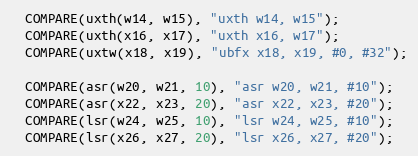
Language: C++
  COMPARE(uxth(w14, w15), "uxth w14, w15");
  COMPARE(uxth(x16, x17), "uxth x16, w17");
  COMPARE(uxtw(x18, x19), "ubfx x18, x19, #0, #32");

  COMPARE(asr(w20, w21, 10), "asr w20, w21, #10");
  COMPARE(asr(x22, x23, 20), "asr x22, x23, #20");
  COMPARE(lsr(w24, w25, 10), "lsr w24, w25, #10");
  COMPARE(lsr(x26, x27, 20), "lsr x26, x27, #20");